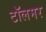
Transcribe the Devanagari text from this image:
टॉलमर